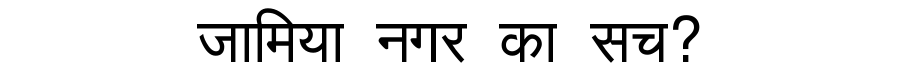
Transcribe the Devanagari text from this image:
जामिया नगर का सच?